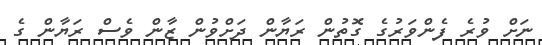
ނަށް ވުރެ ފެންވަރުގެ ގޮތުން ރަޔާން ދަށްވުން ޒާން ވެސް ރަޔާން ގެ